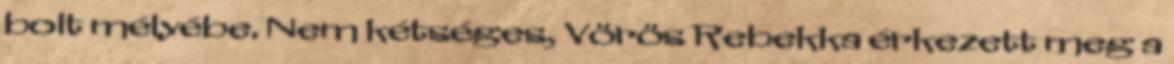
bolt mélyébe. Nem kétséges, Vörös Rebekka érkezett meg a